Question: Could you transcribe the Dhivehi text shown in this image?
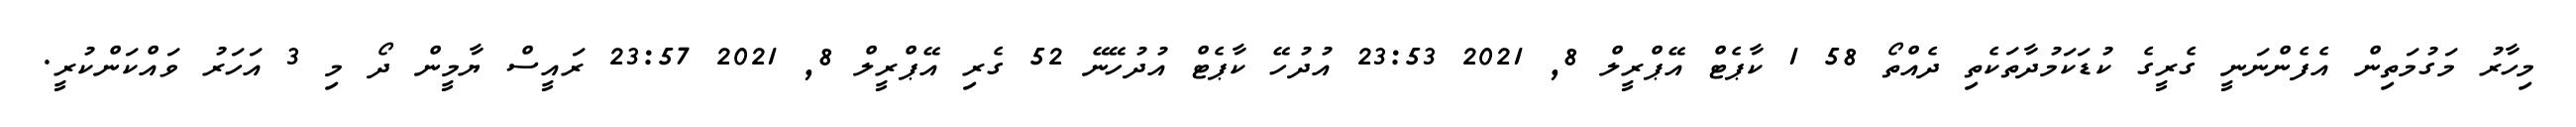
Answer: މިހާރު މަގުމަތިން އެފެންނަނީ ގެރީގެ ކުޑަކަމުދާތަކެތި ދެއްތޯ 58 1 ކާޕެޓް އޭޕްރީލް 8, 2021 23:53 އުދުހޭ ކާޕެޓް އުދުހޭނޭ 52 ގެރި އޭޕްރީލް 8, 2021 23:57 ރައީސް ޔާމީން ދޯ މި 3 އަހަރު ވައްކަންކުރީ.